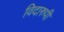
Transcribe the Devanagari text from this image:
विदारुपी